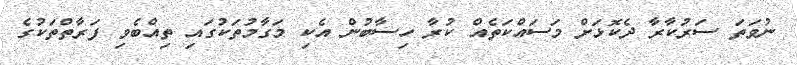
ނުވަތަ ސަރުކާރާ ދެކޮޅަށް މަސައްކަތެއް ކުރާ ހިސާބުން އެކި މަގާމުތަކުގައި ތިއްބެވި ފަރާތްތަކުގެ